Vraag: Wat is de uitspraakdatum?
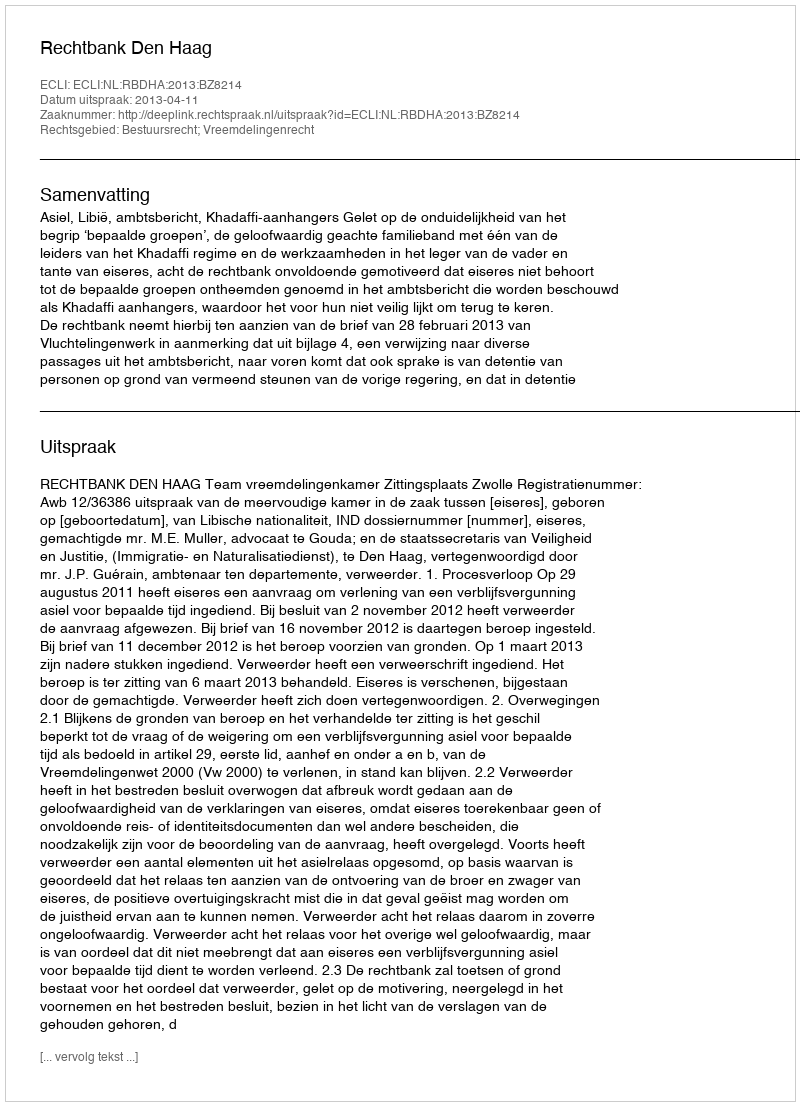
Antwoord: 2013-04-11